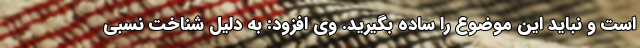
است و نباید این موضوع را ساده بگیرید. وی افزود: به دلیل شناخت نسبی